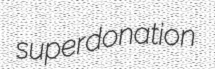
superdonation